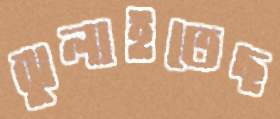
ঝুলাইতেছ